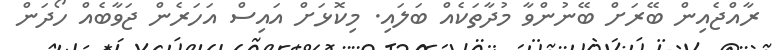
ރާއްޖެއިން ބޭރަށް ބޭނުންވާ މުދާތަކެއް ބަލައި. މިކޮޅަށް އައިސް އަހަރެން ޖަވާބެއް ހޯދަން